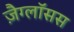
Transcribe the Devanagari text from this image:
ज़ैग्लॉसस